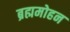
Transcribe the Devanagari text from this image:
ब्रह्ममोहन